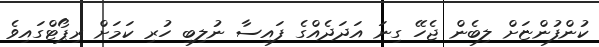
ކުންފުންޏަށް ލިބެން ޖެހޭ ގިނަ އަދަދެއްގެ ފައިސާ ނުލިބި ހުރި ކަމަށް ރިޕޯޓްގައިވެ